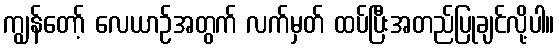
ကျွန်တော့် လေယာဉ်အတွက် လက်မှတ် ထပ်ပြီးအတည်ပြုချင်လို့ပါ။